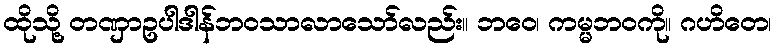
ထိုသို့ တဏှာဥပါဒါန်ဘဝသာလာသော်လည်း။ ဘဝေ၊ ကမ္မဘဝကို။ ဂဟိတေ၊